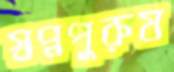
স্বপ্নপুরুষ